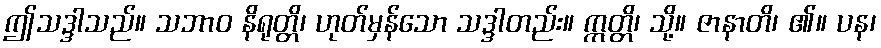
ဤသဒ္ဒါသည်။ သဘာဝ နိရုတ္တိ၊ ဟုတ်မှန်သော သဒ္ဒါတည်း။ ဣတ္တိ၊ သို့။ ဇာနာတိ၊ ၏။ ပန၊